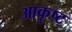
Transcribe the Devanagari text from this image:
आकॄष्ट